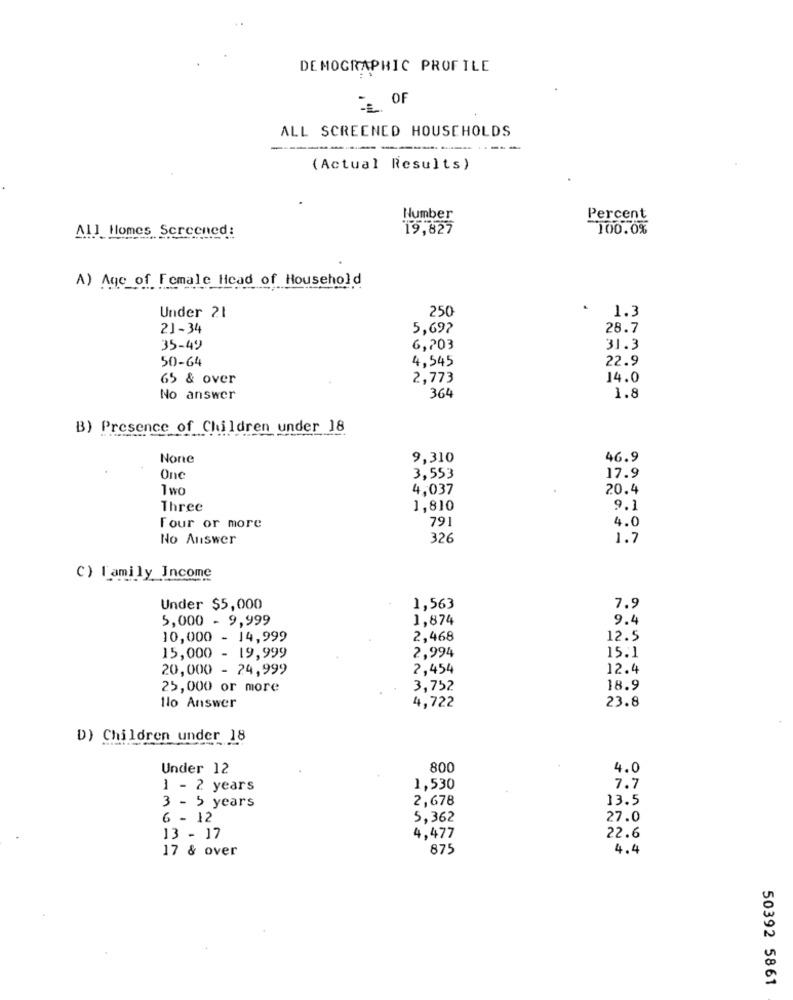
DEMOGRAPHIC PROFILE
OF
ALL SCREENED HOUSEHOLDS
-------
(Actual Results)
Number
Percent
All Homes Sercened:
19,827
100.0%
A) Age of Female Head of Household
Under 21
250
1.3
21-34
5,697
28.7
35-49
6,703
31.3
50-64
4,545
22.9
65 & over
2,773
14.0
364
No answer
1.8
B) Presence of Children under 18
9,310
46.9
One
3,553
17.9
1
4,037
20.4
Three
1,810
9.1
791
4.0
Four or more
No Answer
326
1.7
C) Family_Income
Under $5,000
1,563
7.9
5,000 - 9,999
1,874
9.4
10,000 - 14,999
2,468
12.5
2,994
15.1
15,000 - 19,999
20,000 - 24,999
2,454
12.4
25,000 or more
3,752
18.9
llo Answer
4,722
23.8
D) Children under 18
Under 12
800
4.0
1 - 2 years
1,530
7.7
2,678
13.5
3 - 5 years
6 - 12
5,362
27.0
13 - 17
4,477
22.6
17 & over
875
4.4
50392 5861